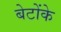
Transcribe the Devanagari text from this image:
बेटोंके